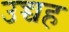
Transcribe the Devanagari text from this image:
उच्चह